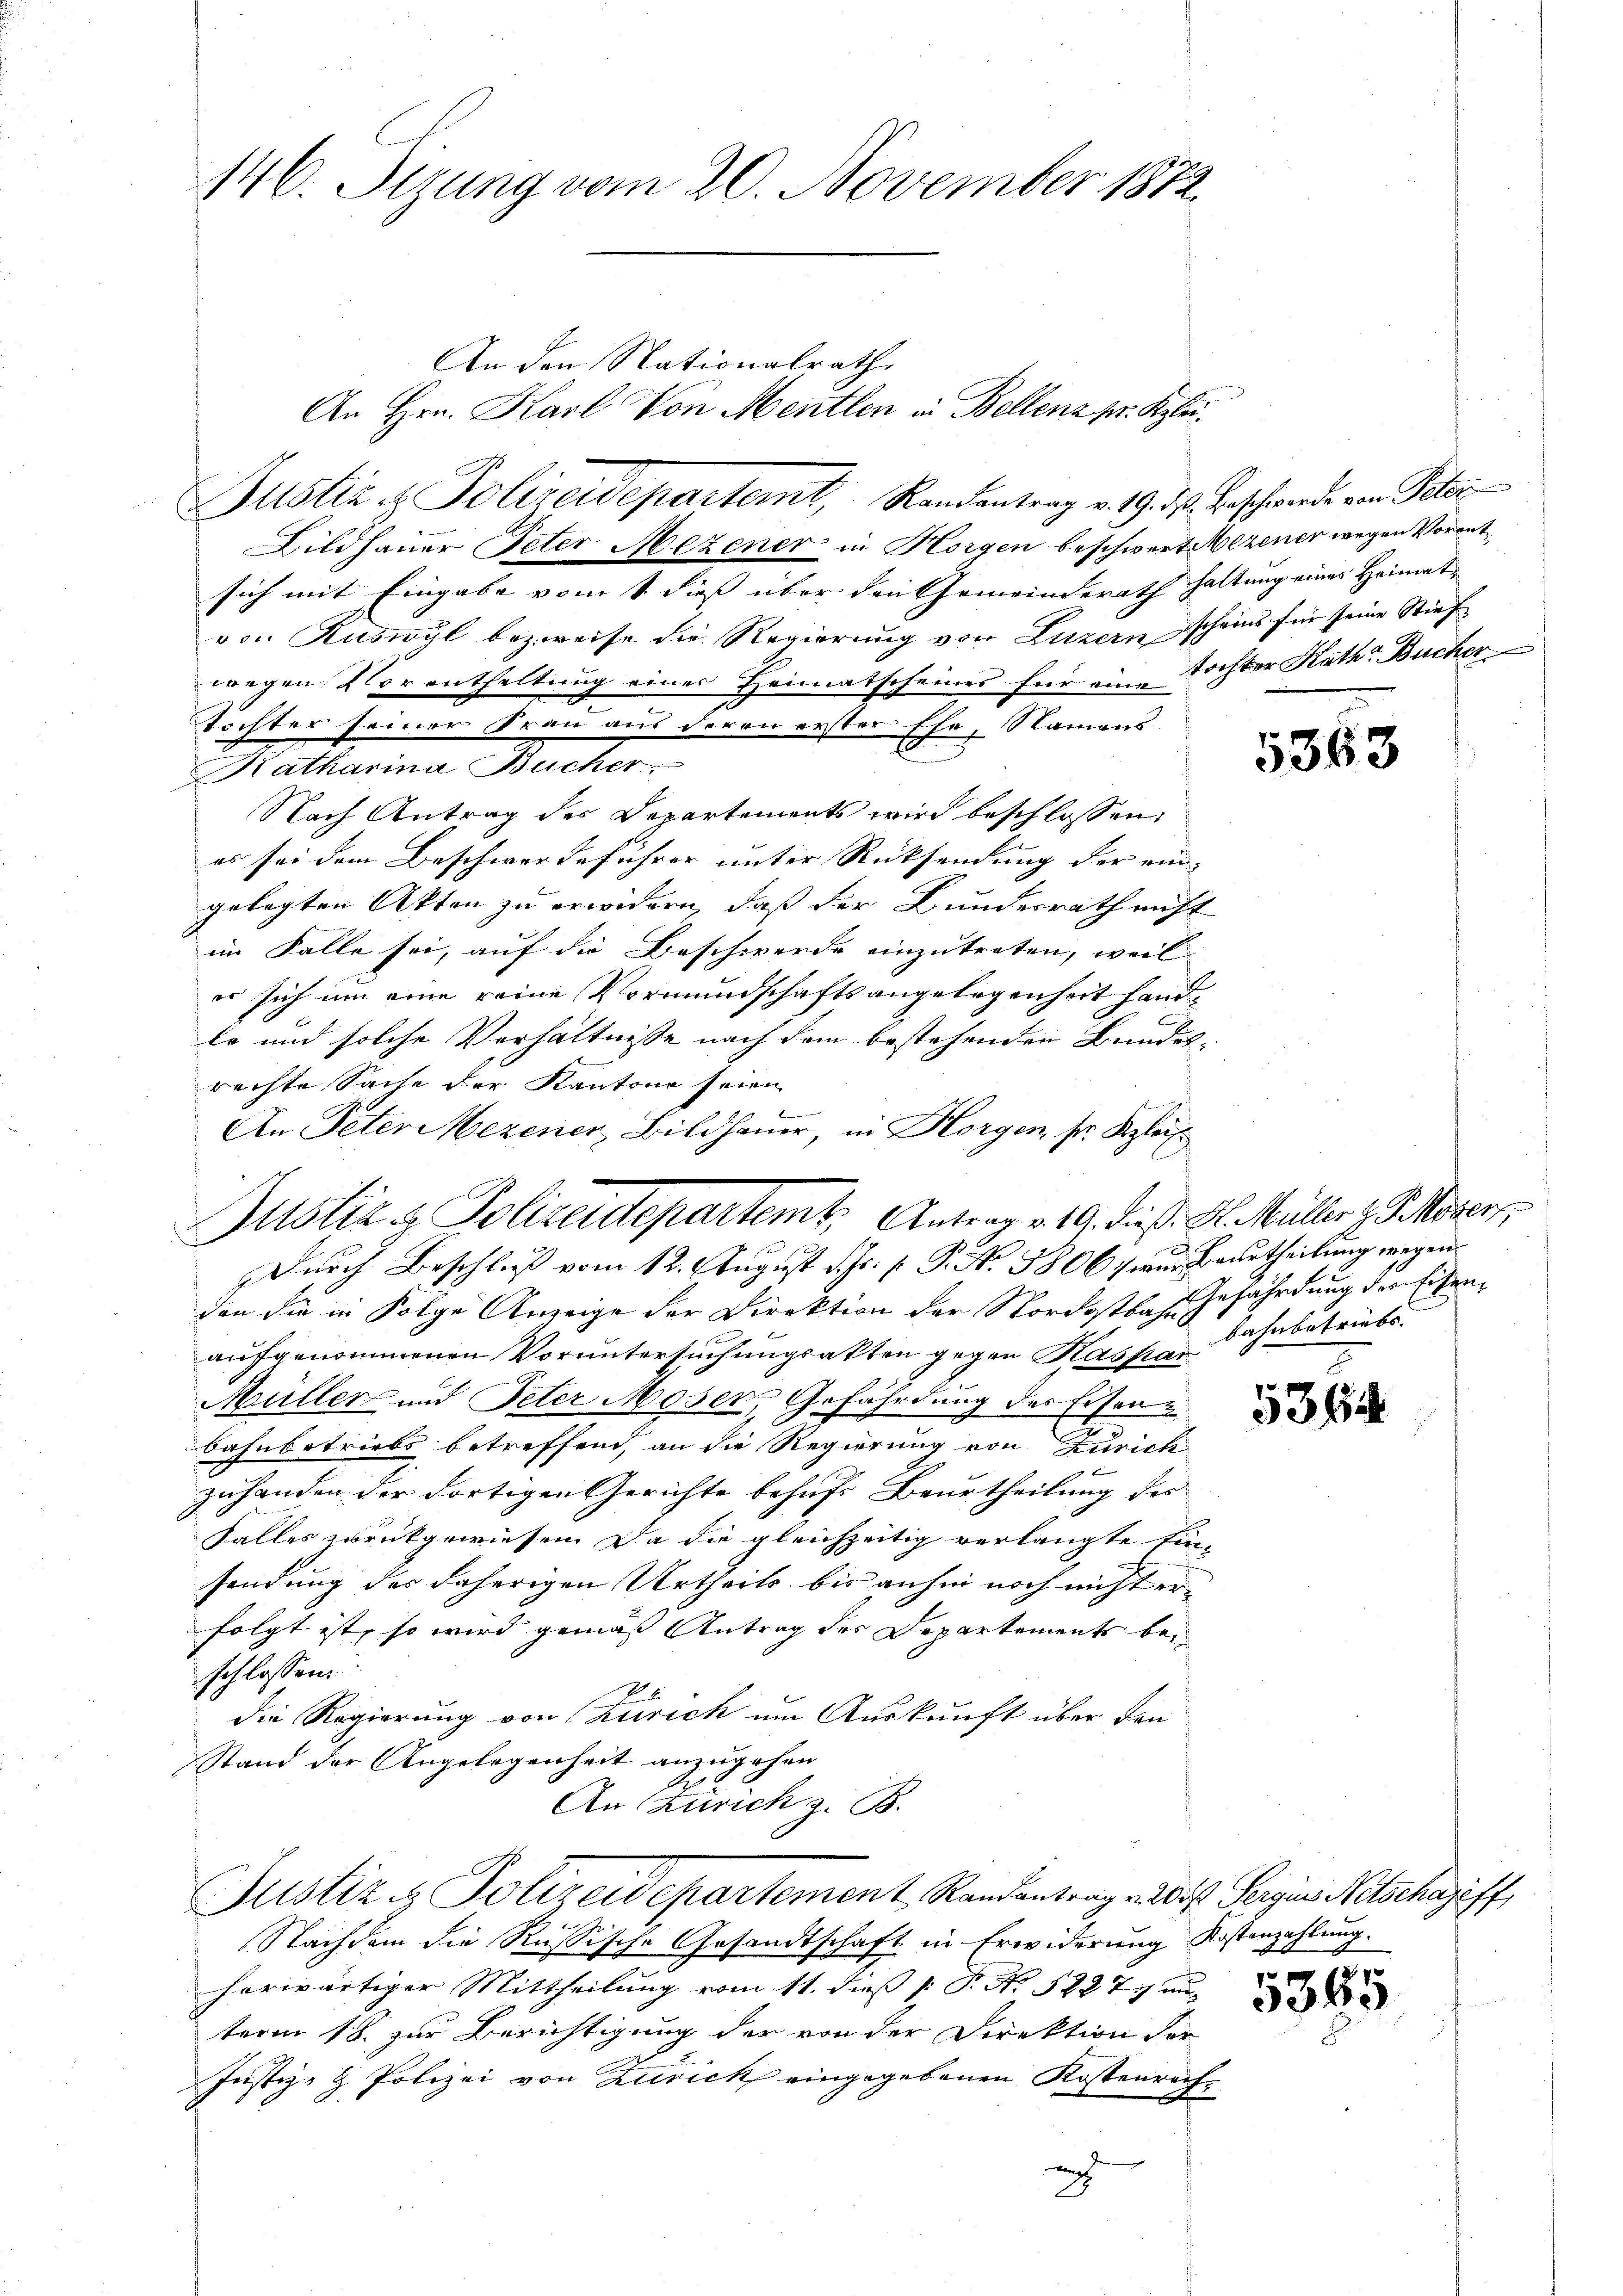
146. Sizung vom 20. November 1872.

Justiz u. Polizeidepartemt, Randentrag v. 19. ds. Beschwerde von Peter
Bildhauer Peter Mezener in Horgen beschwert Mezener wegen Vorant¬

An den Nationalrath
An Hrn. Karl Von Mentlen in Bellenz pr. Klei¬

Justiz & Polizeidepartement Randantrag v. o. Sergines Nitschaziff

sich mit Eingabe vom 1. dieß über den Gemeinderath haltung eines Heimat
von Ruswyl bezweife die Regierung von Luzern scheint für seine Stiefwegen Vorenthaltung einer Heimatscheines für eine Tochter Kath Bücher
Tochter seiner Frau aus deren erster Ehe, Namens
Katharina Bucher
Nach Antrag des Departements wird beschlossen,
es sei dem Beschwerdeführer unter Rücksendung der ein-
gelegten Akten zu erwidern, daß der Bundesrath nicht
im Falle sei, auf die Beschwerde einzutreten, weil
er sich um eine reine Vormundschaftsangelegenheit handle und solche Verhältnisse nach dem bestehenden Bundes-
rechte Sache der Kantone seien
An Peter Mezener, Bildhauer, in Horgen sr. Klei¬
Justiz & Polizeidepartemt. Antrag v. 19. dieß. H. Müller z. Thorers
Durch Beschluß vom 12. August d. Js. p. P. No 3806 fwur Beurtheilung wegen
den die in Folge Anzeige der Direktion der Nordostbahn Gefährdung der Eisenaufgenommenen Voruntersuchungsakten gegen Kassa, ohnbetriebs
Müller und Peter Moser, Gefährdung des Eisenbahnbetriebs betreffend, an die Regierung von Zürich
zuhanden der dortigen Gerichte behufs Beurtheilung des
Falles zurückgewiesen. Da die gleichzeitig verlangte Ein-
sendung der daherigen Urtheils bis anhin noch nicht er-
folgt ist, so wird gemäss Antrag der Departements bei
schlossen
2
die Regierung von Zürich um Auskunft über den
Stand der Angelegenheit anzugehen
An Zürich z. B.

Nachdem die Russische Gesandtschaft in Erwiderung Kostenzahlung.
herwärtiger Mittheilung vom 11. dieß [ P. No 5227. au
term 18. zur Berichtigung der von der Direktion der
Justiz- & Polizei von Zurick eingegebenen Kostenrecha

5563

x
531

5365